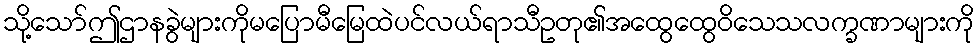
သို့သော်ဤဌာနခွဲများကိုမပြောမီမြေထဲပင်လယ်ရာသီဥတု၏အထွေထွေဝိသေသလက္ခဏာများကို